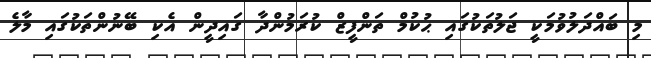
މި ބައްދަލުވުމަކީ ޖަލުތަކުގައި ޙުކުމް ތަންފީޒް ކުރަމުންދާ ގައިދީން އެކި ބޭނުންތަކުގައި މާލެ